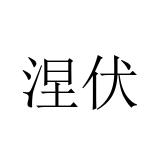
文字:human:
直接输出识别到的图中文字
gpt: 涅伏